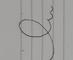
Signature authenticity: forged